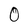
Character: 0